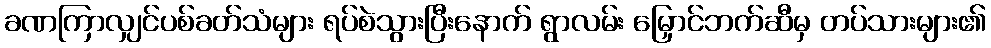
ခဏကြာလျှင်ပစ်ခတ်သံများ ရပ်စဲသွားပြီးနောက် ရွာလမ်း မြှောင်ဘက်ဆီမှ တပ်သားများ၏